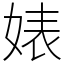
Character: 婊